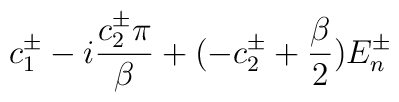
c_{1}^{\pm} - i\frac{c_{2}^{\pm}\pi}{\beta} + (-c_{2}^{\pm} + \frac{\beta}{2})E_{n}^{\pm}